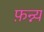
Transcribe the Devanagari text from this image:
फ़न्न्य